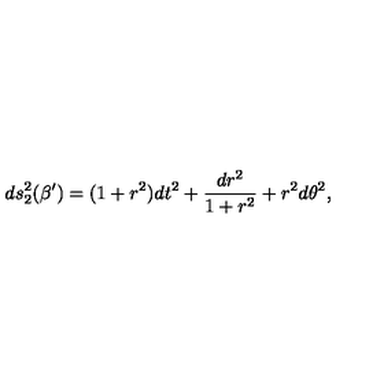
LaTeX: d s _ { 2 } ^ { 2 } ( \beta ^ { \prime } ) = ( 1 + r ^ { 2 } ) d t ^ { 2 } + \frac { d r ^ { 2 } } { 1 + r ^ { 2 } } + r ^ { 2 } d \theta ^ { 2 } ,